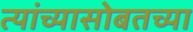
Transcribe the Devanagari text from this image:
त्यांच्यासोबतच्या